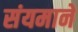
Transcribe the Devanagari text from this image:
संयमानें